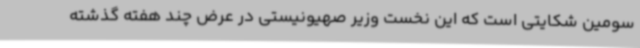
سومین شکایتی است که این نخست وزیر صهیونیستی در عرض چند هفته گذشته